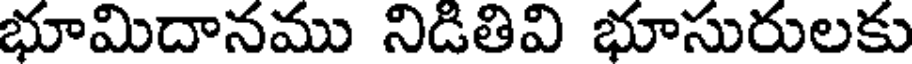
భూమిదానము నిడితివి భూసురులకు